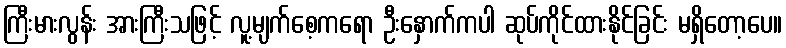
ကြီးမားလွန်း အားကြီးသဖြင့် လူ့မျက်စေ့ကရော ဦးနှောက်ကပါ ဆုပ်ကိုင်ထားနိုင်ခြင်း မရှိတော့ပေ။